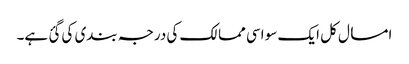
امسال کل ایک سو اسی ممالک کی درجہ بندی کی گئ ہے۔